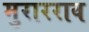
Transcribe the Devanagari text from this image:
मुरारराव